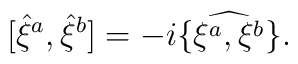
[{\hat{\xi}}^a,{\hat{\xi}}^b]= - i\widehat{\{\xi ^a, \xi ^b\}}.